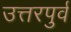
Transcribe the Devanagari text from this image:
उत्तरपुर्व